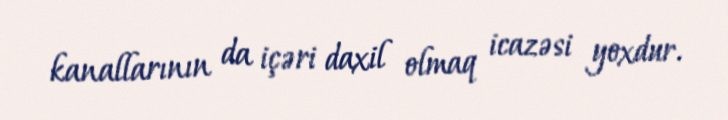
kanallarının da içəri daxil olmaq icazəsi yoxdur.